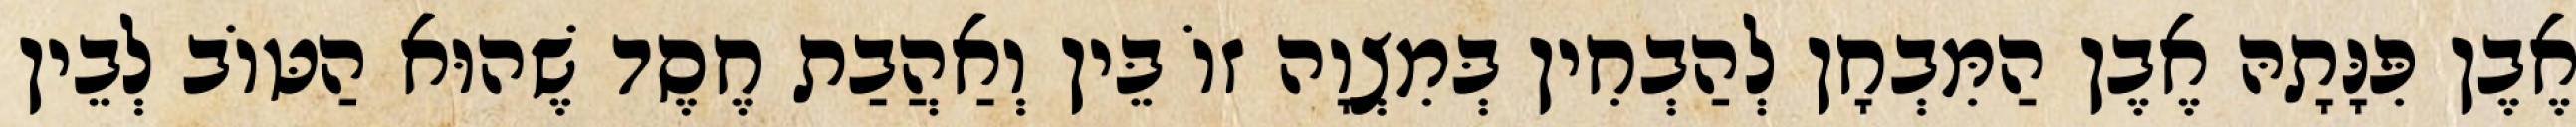
אֶבֶן פִּנָּתָהּ אֶבֶן הַמִּבְחָן לְהַבְחִין בְּמִצְוָה זוֹ בֵּין וְאַהֲבַת חֶסֶד שֶׁהוּא הַטּוֹב לְבֵין